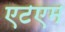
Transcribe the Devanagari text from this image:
एटएम